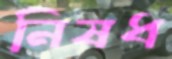
নিষধ